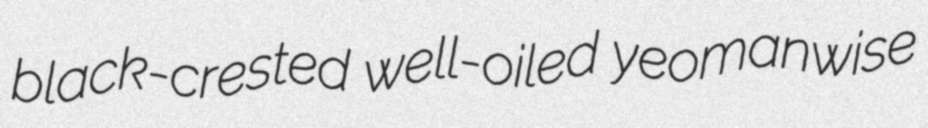
black-crested well-oiled yeomanwise